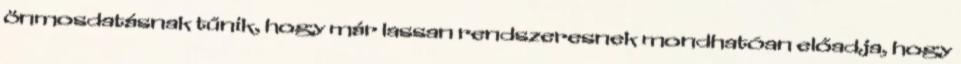
önmosdatásnak tűnik, hogy már lassan rendszeresnek mondhatóan előadja, hogy